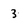
Character: 3